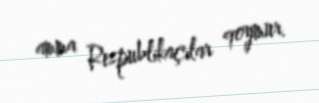
amma Respublikaçılar qoymur.